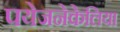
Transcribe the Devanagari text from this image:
पयेजनेकेलिया